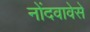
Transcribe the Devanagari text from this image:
नोंदवावेसे